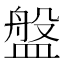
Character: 盤